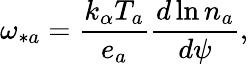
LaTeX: \omega_{\ast a}=\frac{k_{\alpha}T_{a}}{e_{a}}\frac{d\ln n_{a}}{d\psi},